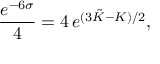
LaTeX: \frac { e ^ { - 6 \sigma } } { 4 } = 4 \, e ^ { ( 3 \tilde { K } - K ) / 2 } ,